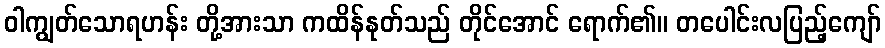
ဝါကျွတ်သောရဟန်း တို့အားသာ ကထိန်နုတ်သည် တိုင်အောင် ရောက်၏။ တပေါင်းလပြည့်ကျော်